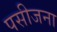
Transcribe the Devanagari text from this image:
पसीजना